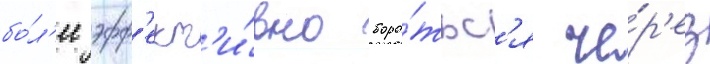
бо́л'ее эфф'ект'и́вно боро́тьс'я че́р'ез